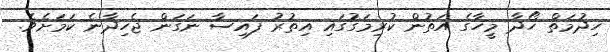
ހިދުމަތް ހޯދާ މީހާގެ އަތުން ކުރިމަގުގައި އިތުރު ފައިސާ ނަގަން ޖެހިދާނެ ކަމަށެވެ.